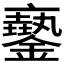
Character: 𨮲